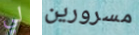
لي مسرورين